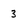
Character: 3